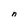
Character: n